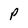
Character: P